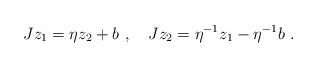
LaTeX: \begin{align*} Jz_1=\eta z_2+b~,~~~Jz_2=\eta^{-1} z_1-\eta^{-1} b~.\end{align*}